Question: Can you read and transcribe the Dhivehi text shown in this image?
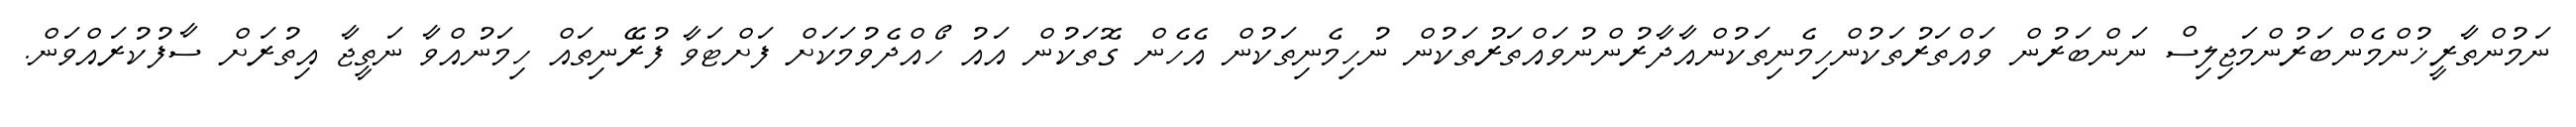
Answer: ނަމުންތާރީޚުންމެންބަރުންމަޖިލިސް ނަންބަރުން ވައްތަރުތަކުންހިމެނިތަކުންއާދާރުންނުވައްތަރުތަކުން ނުހިމެނިތަކުން އެހެން ގޮތަކުން އައު ހޯއްދެވުމަކަށް ފަށްޓަވާ ފުރޭނިތައް ހިމަނުއްވާ ނަތީޖާ އިތުރަށް ސާފުކުރައްވަން.